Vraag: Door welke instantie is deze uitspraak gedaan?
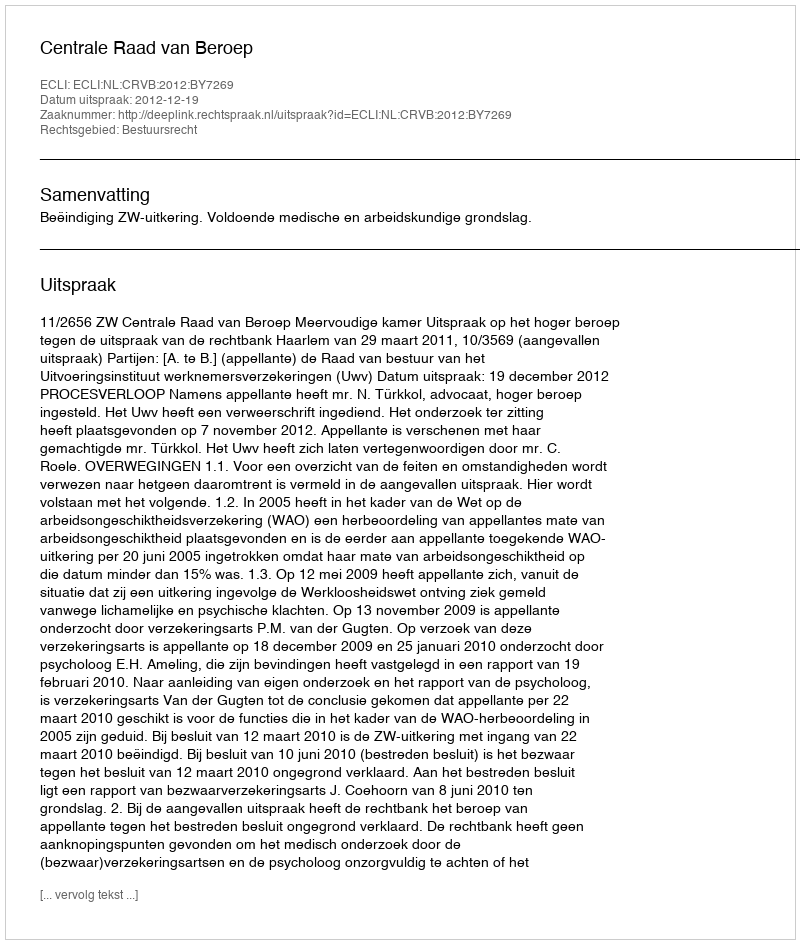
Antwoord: Centrale Raad van Beroep